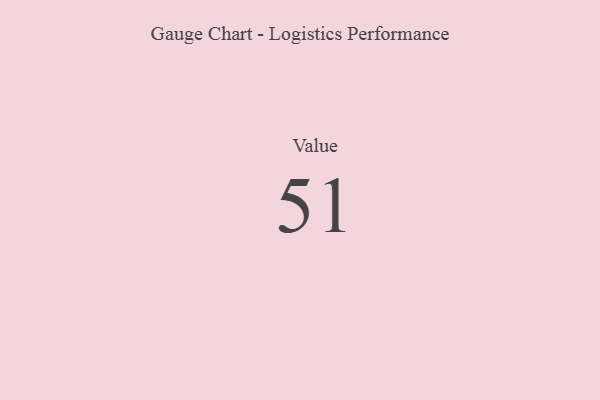
{"axis": {"x": "Metric", "y": "Value"}, "legend": [""], "data": [{"x": "Value", "y": 51, "type": ""}]}